Annual report on the lock hospitals of the Madras Presidency
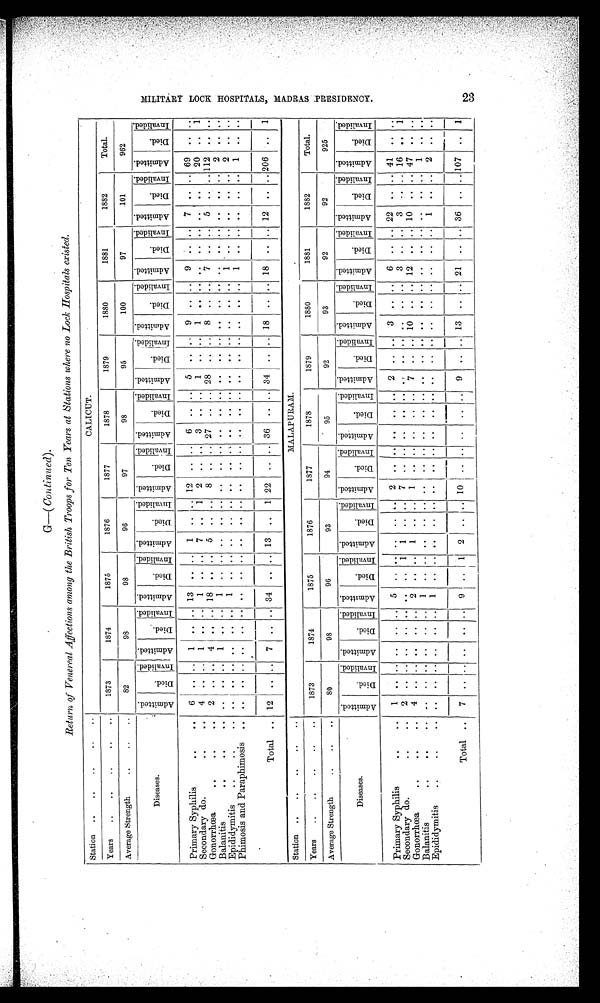
G—( Continued)
.
R e t u r n o f V e n e r e a l A f f e c t i o n s a m o n g t h e B r i t i s h T r o o p s f o r T e n Y e a r s a t S t a t i o n s w h e r e n o L o c k H o s p i t a l s e x i s t e d .
Station .. .. .. .. ..
C A L I C U T .
Years
.. .. .. ..
..
1873
1874
1875
1876
1877
1878
1879
1880
1881
1882
T o t a l .
Average Strength
.. .. ..
82
98
98
96
97
98
95
100
97
101
962
Diseases.
A d m i t t e d .
D i e d .
I n v a l i d e d . A d m i t t e d .
D i e d .
I n v a l i d e d . A d m i t t e d .
D i e d .
I n v a l i d e d . A d m i t t e d .
Died.
I n v a l i d e d . A d m i t t e d .
Died.
I n v a l i d e d . A d m i t t e d .
D i e d .
I n v a l i d e d . A d m i t t e d .
Died.
I n v a l i d e d . A d m i t t e d .
Died.
I n v a l i d e d . A d m i t t e d .
D i e d .
I n v a l i d e d . A d m i t t e d .
D i e d .
I n v a l i d e d . A d m i t t e d .
D i e d .
I n v a l i d e d .
Primary Syphilis
.. ..
6
. . .. 1
. .
. . 13
. .
. . 1
. .
. .
12
. . .. 6
. . . . 5
. . .. 9 .. . . 9
. .
. . 7
. . .. 69
. .
. .
Secondary do. ..
..
4
. . .. 1
. .
. . 1
. .
. . 7
. . 1 2
. . .. 3
. .
. . 1
. . .. 1 ..
. .
. . . .
. . . .
. . .. 20
. . 1
Gonorrhœa
.. .. ..
2
. . .. 4
. .
. . 18
. .
. . 5
. .
. . 8
. . .. 27
. .
. . 28
. . .. 8 .. . . 7
. .
. . 5
. . .. 112
. .
. .
Balanitis
.. ..
..
. . . . ..
1
. . . . 1
. . . .
. .
. .
. . . .
. .
.. . .
. . . . . .
. .
..
. . ..
. .
. . . .
. . . .
. . .. 2 . .
. .
Epididymitis
.. ..
..
. . . . ..
. .
. . . . 1
. . . .
. .
. .
. . . .
. .
.. . .
. . . . . .
. .
..
. . ..
. .
1
. .
. . . .
. . .. 2
. .
. .
Phimosis and Paraphimosis ..
. .
. . .. . .
. .
. . . .
. .
. . . . . .
. . . .
. . . . . .
. .
. . . .
. . ..
. . .. . . 1
. . . . . .
. . .. 1
. .
. .
Total
. . 12
. . .. 7
. .
. . 34
. .
. . 13
. . 1 22
. . .. 36
. .
. . 34
. . .. 18 .. . . 18
. .
. . 12
. . ..206
. . 1
Station .. .. .. .. ..
M A L A P U R A M .
Years
.. .. .. .. ..
1873
1874
1875
1876
1877
1878
1879
1880
1881
1882
Total.
Average Strength
.. .. ..
80
98
96
93
94
95
92
93
92
92
925
D i s e a s e s .
A d m i t t e d .
D i e d .
I n v a l i d e d .
Admitted.
D i e d .
I n v a l i d e d . A d m i t t e d .
D i e d .
I n v a l i d e d .
A d m i t t e d .
D i e d .
I n v a l i d e d . A d m i t t e d .
D i e d .
I n v a l i d e d .
A d m i t t e d .
D i e d .
I n v a l i d e d . A d m i t t e d .
D i e d .
I n v a l i d e d . A d m i t t e d .
D i e d .
I n v a l i d e d .
A d m i t t e d .
D i e d .
I n v a l i d e d . A d m i t t e d .
D i e d .
I n v a l i d e d . A d m i t t e d .
D i e d .
I n v a l i d e d .
Primary Syphilis
.. ..
1
. . . .
. .
. . . . 5
. . .. ..
. .
. .
2
. . .. . .
. . . . 2
. . .. 3
. .
. . 6
. .
. . 22
. .
. . 41
. .
. .
Secondary do. .. ..
2
. . . .
. .
. . . . . .
. . 1 1
. .
. . 7
. . .. . .
. . . . . . . . .. . .
. .
. . 3
. .
. . 3
. .
. . 16
. . 1
Gonorrhœa
.. .. ..
4
. . . .
. .
. . . . 2
. . .. 1
. .
. . 1
. . .. . .
. . . . 7
. . .. 10
. .
. . 12
. .
. . 10
. .
. . 47
. .
. .
Balanitis
.. ..
..
. .
. . . .
. .
. . . . 1
. . .. ..
. .
. . . .
. . .. . .
. . . . . .
. . .. . .
. . . . . .
. . . . . .
. . . . 1
. .
. .
Epididymitis
. .
. .
..
. .
. .
. .
. .
. . . . 1
. . .. ..
. .
. . . .
. . .. . .
. . . . . .
. . .. . .
. . . . . .
. . . . 1
. .
. . 2
. .
. .
Total
. .
7
. . . .
. .
. . . .
9 . . 1 2
. . . .
10 . . .. . .
. . . .
9
. . .. 13
. .
. . 21
. .
. . 36
. .
. . 107
. .
1
M I L I T A R Y L O C K H O S P I T A L S , M A D R A S P R E S I D E N C Y . 2 3